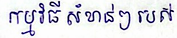
កម្មវិធីសំខាន់ៗរបស់